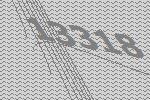
13318